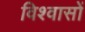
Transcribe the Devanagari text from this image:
विश्‍वासों